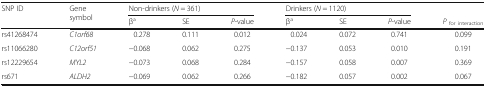
| <ROWSPAN=2> SNP ID | <ROWSPAN=2> Gene symbol | <COLSPAN=3> Non-drinkers (N = 361) | <COLSPAN=3> Drinkers (N = 1120) |  |
 | βa | SE | P-value | βa | SE | P-value | Pfor interaction |
 | --- | --- | --- | --- | --- | --- | --- | --- | --- |
 | rs41268474 | C1orf68 | 0.278 | 0.111 | 0.012 | 0.024 | 0.072 | 0.741 | 0.099 |
 | rs11066280 | C12orf51 | −0.068 | 0.062 | 0.275 | −0.137 | 0.053 | 0.010 | 0.191 |
 | rs12229654 | MYL2 | −0.073 | 0.068 | 0.284 | −0.157 | 0.058 | 0.007 | 0.369 |
 | rs671 | ALDH2 | −0.069 | 0.062 | 0.266 | −0.182 | 0.057 | 0.002 | 0.067 |